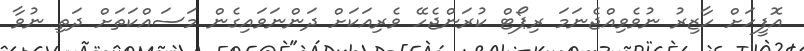
އޮފީހަށް ހާޒިރު ނުވެވިއްޖެނަމަ ރިޕޯޓް ކުރަންޖެހޭ ވެރިއަކަށް ދަންނަވައިގެން މަސައްކަތަށް ދަތި ނުވާ